EAOK_Sinod, lk 118
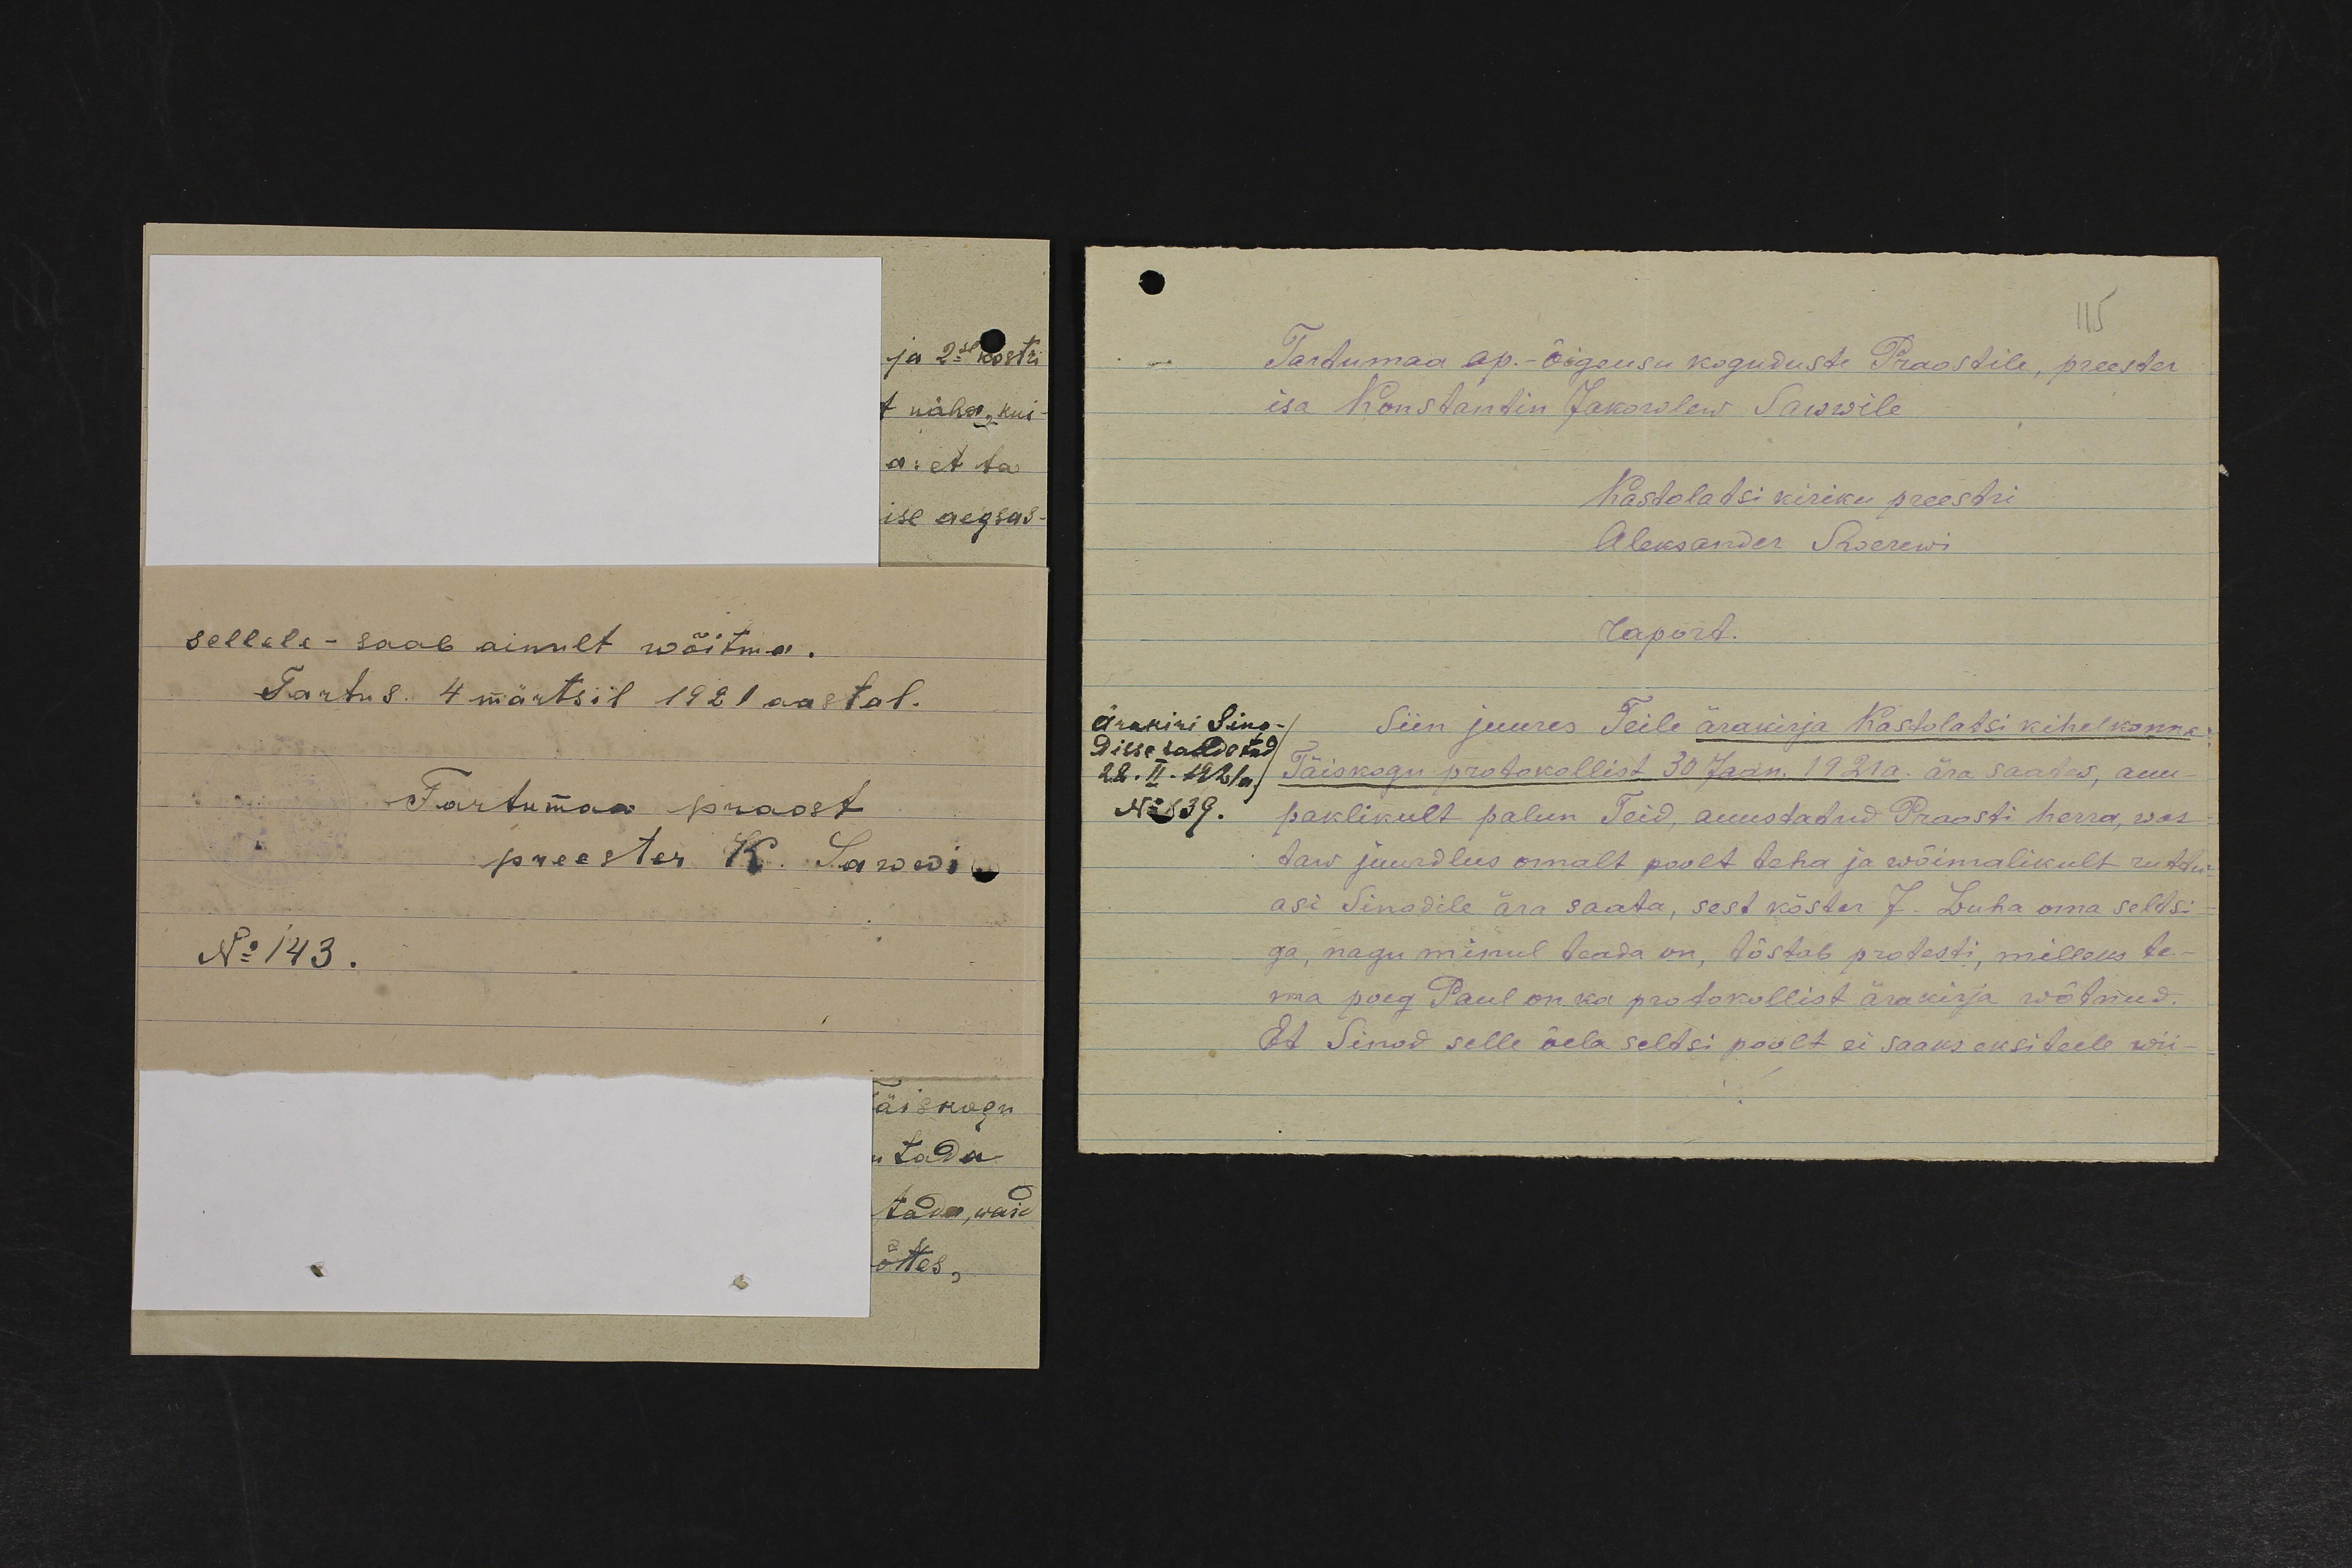
sellele - saab ainult wõitma.
Tartus. 4 märtsil 1921 aastal.
Tartumaa praost
preester K. Sawwi
No 143.

Tartumaa ap.-õigeusu koguduste Praostile, preester
isa Konstantin Jakowlew Sawwile
Kastolatsi kiriku preestri
Aleksander Swerewi
Raport.
Ärakiri Sino-
disse saadetud
28. II. 1921a.
No 139.
Siin juures Teile ärakirja Kastolatsi kihelkonna
Täiskogu protokollist 30 Jaan. 1921 a. ära saates, auu-
paklikult palun Teid, auustatud Praosti herra, was-
taw juurdlus omalt poolt teha ja wõimalikult ruttu-
asi Sinodile ära saata, sest köster J. Luha oma seltsi
ga, nagu minul teada on, tõstab protesti, milleks te-
ma poeg Paul on ka protokollist ärakirja wõtnud.
Et Sinod selle õela seltsi poolt ei saaks eksiteele wii-